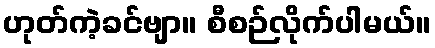
ဟုတ်ကဲ့ခင်ဗျာ။ စီစဉ်လိုက်ပါမယ်။